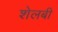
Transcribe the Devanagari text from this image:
शेलबी